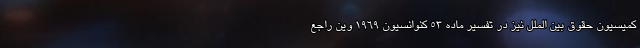
کمیسیون حقوق بین الملل نیز در تفسیر ماده ۵۳ کنوانسیون ۱۹۶۹ وین راجع